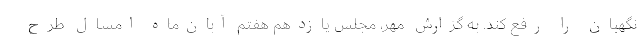
نگهبان را رفع کند. به گزارش مهر، مجلس یازدهم هفتم آبان‌ماه امسال طرح